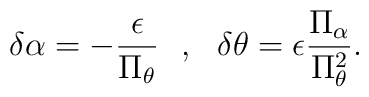
\delta \alpha =-\frac{\epsilon}{\Pi _\theta }~~,~~\delta \theta =\epsilon \frac{\Pi _\alpha}{\Pi _\theta ^2}.